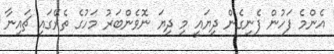
އެންމެ ފަހުން ފެނިގެން ދިޔައީ މި ދިޔަ ނޮވެންބަރު މަހުގެ ތެރޭގައި ޗައިނާ